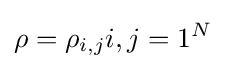
\rho ={\rho _{i,j}}{i,j=1}^{N}